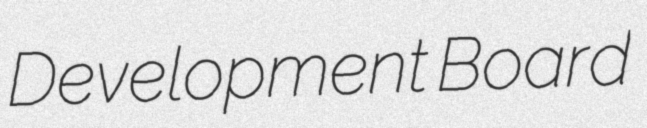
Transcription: Development Board